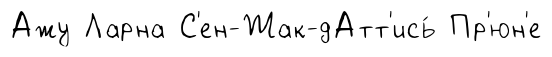
Ажу Ларна С'ен-Жак-дАтт'ись́ Пр'юн'е